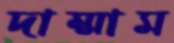
দাম্মাম